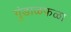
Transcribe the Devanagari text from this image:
गुंडाळफळा